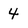
Character: 4